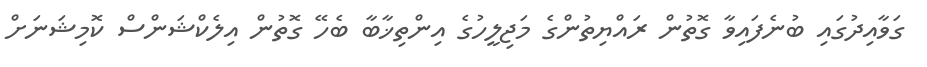
ގަވާއިދުގައި ބުނެފައިވާ ގޮތުން ރައްޔިތުންގެ މަޖިލީހުގެ އިންތިޚާބާ ބެހޭ ގޮތުން އިލެކްޝަންސް ކޮމިޝަނަށް